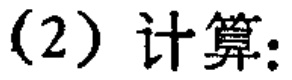
(2) 计算: